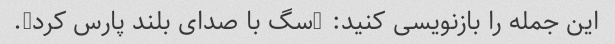
این جمله را بازنویسی کنید: "سگ با صدای بلند پارس کرد".